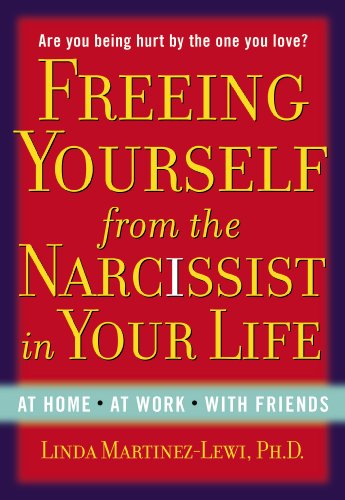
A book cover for Freeing Yourself from the Narcissist in Your Life; Linda Martinez-Lewi; Parenting & Relationships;